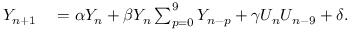
\begin{array} { r l } { Y _ { n + 1 } } & { { } = \alpha Y _ { n } + \beta Y _ { n } \sum _ { p = 0 } ^ { 9 } Y _ { n - p } + \gamma U _ { n } U _ { n - 9 } + \delta . } \end{array}